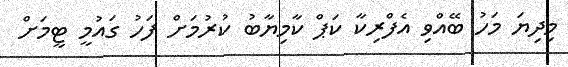
މިދިޔަ މަހު ބޭއްވި އެފްރިކާ ކަޕް ކާމިޔާބު ކުރުމަށް ފަހު ގައުމީ ޓީމަށް